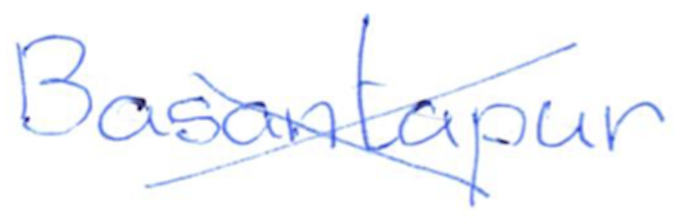
Text: Basantapur
Cross-out: cross
Writing tool: ballpoint